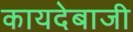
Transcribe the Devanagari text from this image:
कायदेबाजी